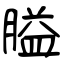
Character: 膉